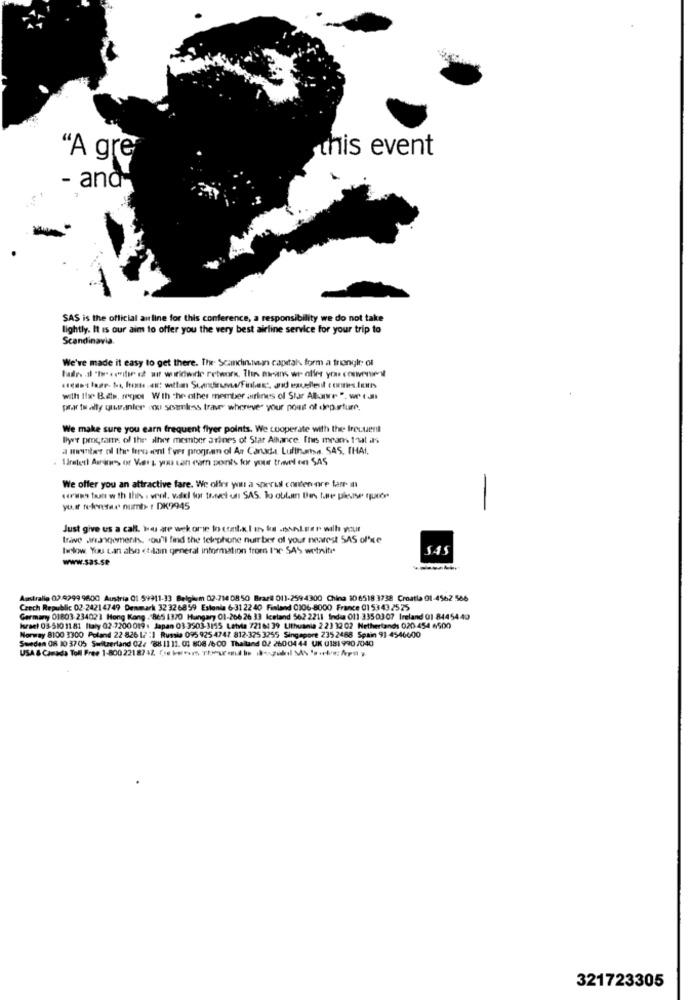
this event
"A gre
- and
SAS is the official airline for this conference, a responsibility we do not take
lightly. It is our aim to offer you the very best airline service for your trip to
Scandinavia.
We've made it easy to get there. Ihr Scanchn.nan capital form a triangle of
with the Bath, rojos With the other member airlines of Star Allunre ". we call
prar ta ally quranler ou seamless traver wherever your nous of departure.
We make sure you earn frequent flyer points. We cooperate with the frecuent
llys program: of the ather member arines of Star Alkance. Ifus means that as
a menbert nl Ihr fersseni fer program ol Au Canada. Lufthamn. SAS. THAI,
1 arabes Au-ins or Vers you can earn ponts for your travel on SAS
We offer you an attractive fare. We offer you a speril conten ore farr in
yur telensar number DK9945
Just give us a call. We are wek orie to cont.x.I un ks .nonLeer will wur
trave arrangements, ou'l find the telephone nuit ber of your nearest SAS of'se
below You can also ctilain general information from I've- SAS website*
www.sas.se
Australia 02:4299 9800 Austria 01 59911-33 Belgium 02-714 08 50 Brazil 011-2594300 China 106518 3738 Croatia 01-4562 566
Czech Republic 02-2421 4749 Denmark 32 326859 Estonia 6-31 22 40 Finland 0106-8000 France 01 5343 2525
Germany 01803-234023 Hong Kong . 865 1370 Hungary 01-266 26 33 Iceland 562 2211 India 011-3350307 Ireland 01 84454 40
Israel 03-510 11.81 Haly 02-7200 019 : Japan 03-3503-3115 Letvia 72181 39 Lithuania 2 21 32 02 Netherlands 020.454 4500
Norway 8100 3300 Poland 22 826 17 :1 Russia 095 925 4747 812-375 3255 Singapore 235 2488 Spain 91 4540000
Sweden 08 10 3705 Switzerland 02/ 88 11 11. 03 808 /6:00 Thailand 02 26004 44 UK 0181 990 /040
USA & Canada Toll Free 1-80022187 12 (kwh-web ******
321723305